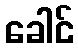
ခေါင်